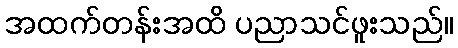
အထက်တန်းအထိ ပညာသင်ဖူးသည်။